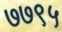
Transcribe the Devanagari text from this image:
७७९५